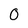
Character: 0